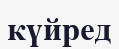
күйред